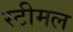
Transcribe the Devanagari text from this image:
स्टीमल